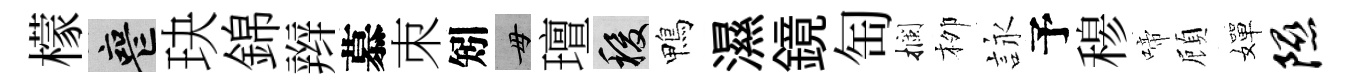
檬喪玦錦辫慕朿矧毋璮稷鴨濕鏡匋攔栁詠予𥠇啼頋嬋隰